system: You are a helpful assistant.
user:
Analyze the provided spectrum to determine if it is a **Carbon Star (C-type)**.

- **Key Visual Indicators of Carbon Star:**
    - **(Primary):** Strong molecular absorption from **C₂ (diatomic carbon) "Swan Bands."** This is the **defining feature** of a carbon star.
        - **(Key Bandheads):** Sharp absorption edges are visible at approximately $5635$ Å, $5165$ Å (the strongest band), and $4737$ Å.
        - **(Line Profile):** Creates a distinct **"saw-tooth"** pattern. The key morphology is a sharp, steep bandhead on the **red (long-wavelength) side**, which then gradually tapers off (i.e., flux recovers) towards the **blue (short-wavelength) side**. *(This is the direct opposite of the TiO bands seen in M-type stars)*.

    - **(Secondary):** Intense **CN (cyanogen)** molecular absorption bands.
        - **(Key Bandheads):** Located in the blue and violet regions of the spectrum (e.g., near $4215$ Å and $3883$ Å).
        - **(Morphology):** These bands are extremely broad and act as a "blanket," absorbing the vast majority of blue and violet light. This creates a characteristic **"cliff"** or **"steep drop-off"** in the spectrum's flux at short wavelengths.

    - **(Key Confirmation):** Strong **CH absorption band (G-band)**.
        - **(Key Bandhead):** Located around $4300$ Å. The contribution from CH molecules to this band is exceptionally strong.

    - **(Overall Spectrum):**
        - The continuum is severely "chopped up" by these deep molecular bands, especially C₂, rather than appearing as a smooth curve.
        - Due to the heavy CN and C₂ absorption in the blue-green, the vast majority of the star's flux is concentrated in the red part of the spectrum, giving the star its characteristic deep red color.

Think first, call **spectral_visualization_tool** if needed to examine features in detail, then provide your final answer. Your response must adhere to the following strict rules:
1.  **Overall Structure:** Your response must follow the format `<think>...</think> <tool_call>...</tool_call> (if a tool is used) <answer>...</answer>`.
2.  **Tool Usage Constraint:** You may only make **one** tool call per turn.
3.  **Final Answer Format:** In the `<answer>` tag, your conclusion must be inside a `\boxed{}` command (e.g., `\boxed{YES}`), followed by your justification.

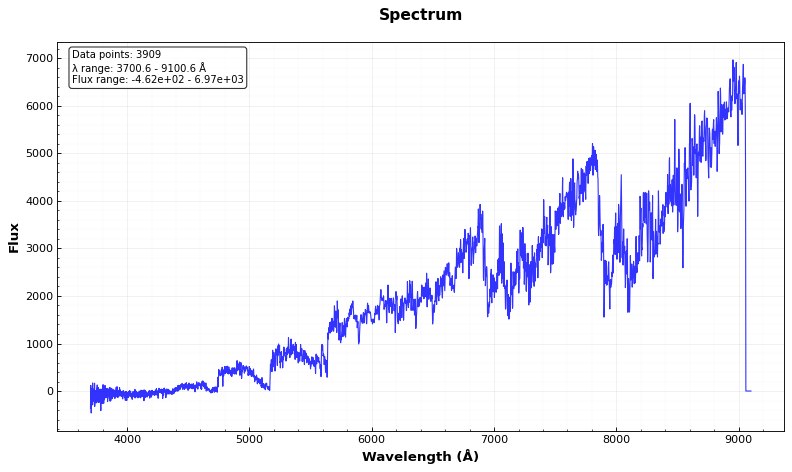
Answer: YES